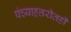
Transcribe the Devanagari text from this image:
पंच्याहत्तरीतही